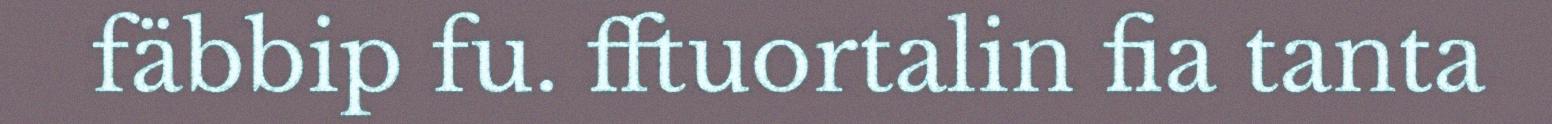
fäbbip fu. fftuortalin fia tanta